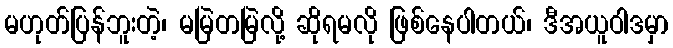
မဟုတ်ပြန်ဘူးတဲ့၊ မမြဲတမြဲလို့ ဆိုရမလို ဖြစ်နေပါတယ်၊ ဒီအယူဝါဒမှာ